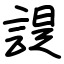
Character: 諟